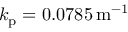
k _ { \mathrm { p } } = 0 . 0 7 8 5 \, \mathrm { m } ^ { - 1 }